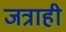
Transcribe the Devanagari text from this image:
जत्राही